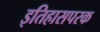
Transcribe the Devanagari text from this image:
इतिहासपरक